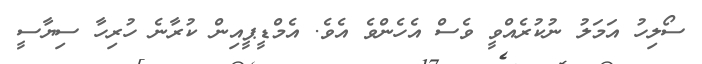
ސޯލިހު އަމަލު ނުކުރެއްވީ ވެސް އެހެންވެ އެވެ. އެމްޑީޕީއިން ކުރާނެ ހުރިހާ ސިޔާސީ